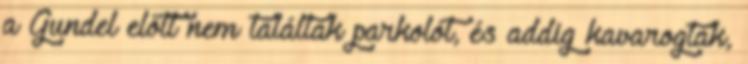
a Gundel előtt nem találtak parkolót, és addig kavarogtak,